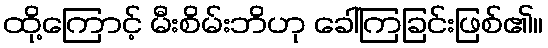
ထို့ကြောင့် မီးစိမ်းဘိဟု ခေါ်ကြခြင်းဖြစ်၏။